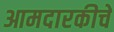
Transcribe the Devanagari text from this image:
आमदारकीचे